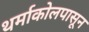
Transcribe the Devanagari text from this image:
थर्माकोलपासून